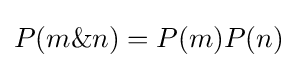
P(m\&n)=P(m)P(n)